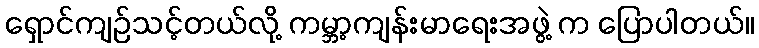
ရှောင်ကျဉ်သင့်တယ်လို့ ကမ္ဘာ့ကျန်းမာရေးအဖွဲ့ က ပြောပါတယ်။